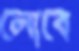
লোবে